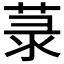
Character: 菉